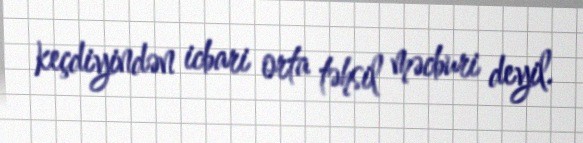
keçdiyindən icbari orta təhsil məcburi deyil.